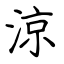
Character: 涼